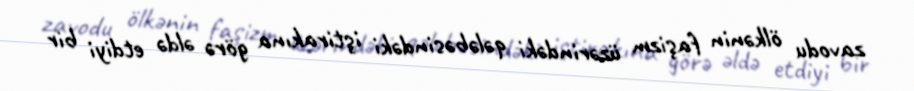
zavodu ölkənin faşizm üzərindəki qələbəsindəki iştirakına görə əldə etdiyi bir